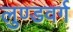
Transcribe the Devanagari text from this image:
लुण्डवर्ग